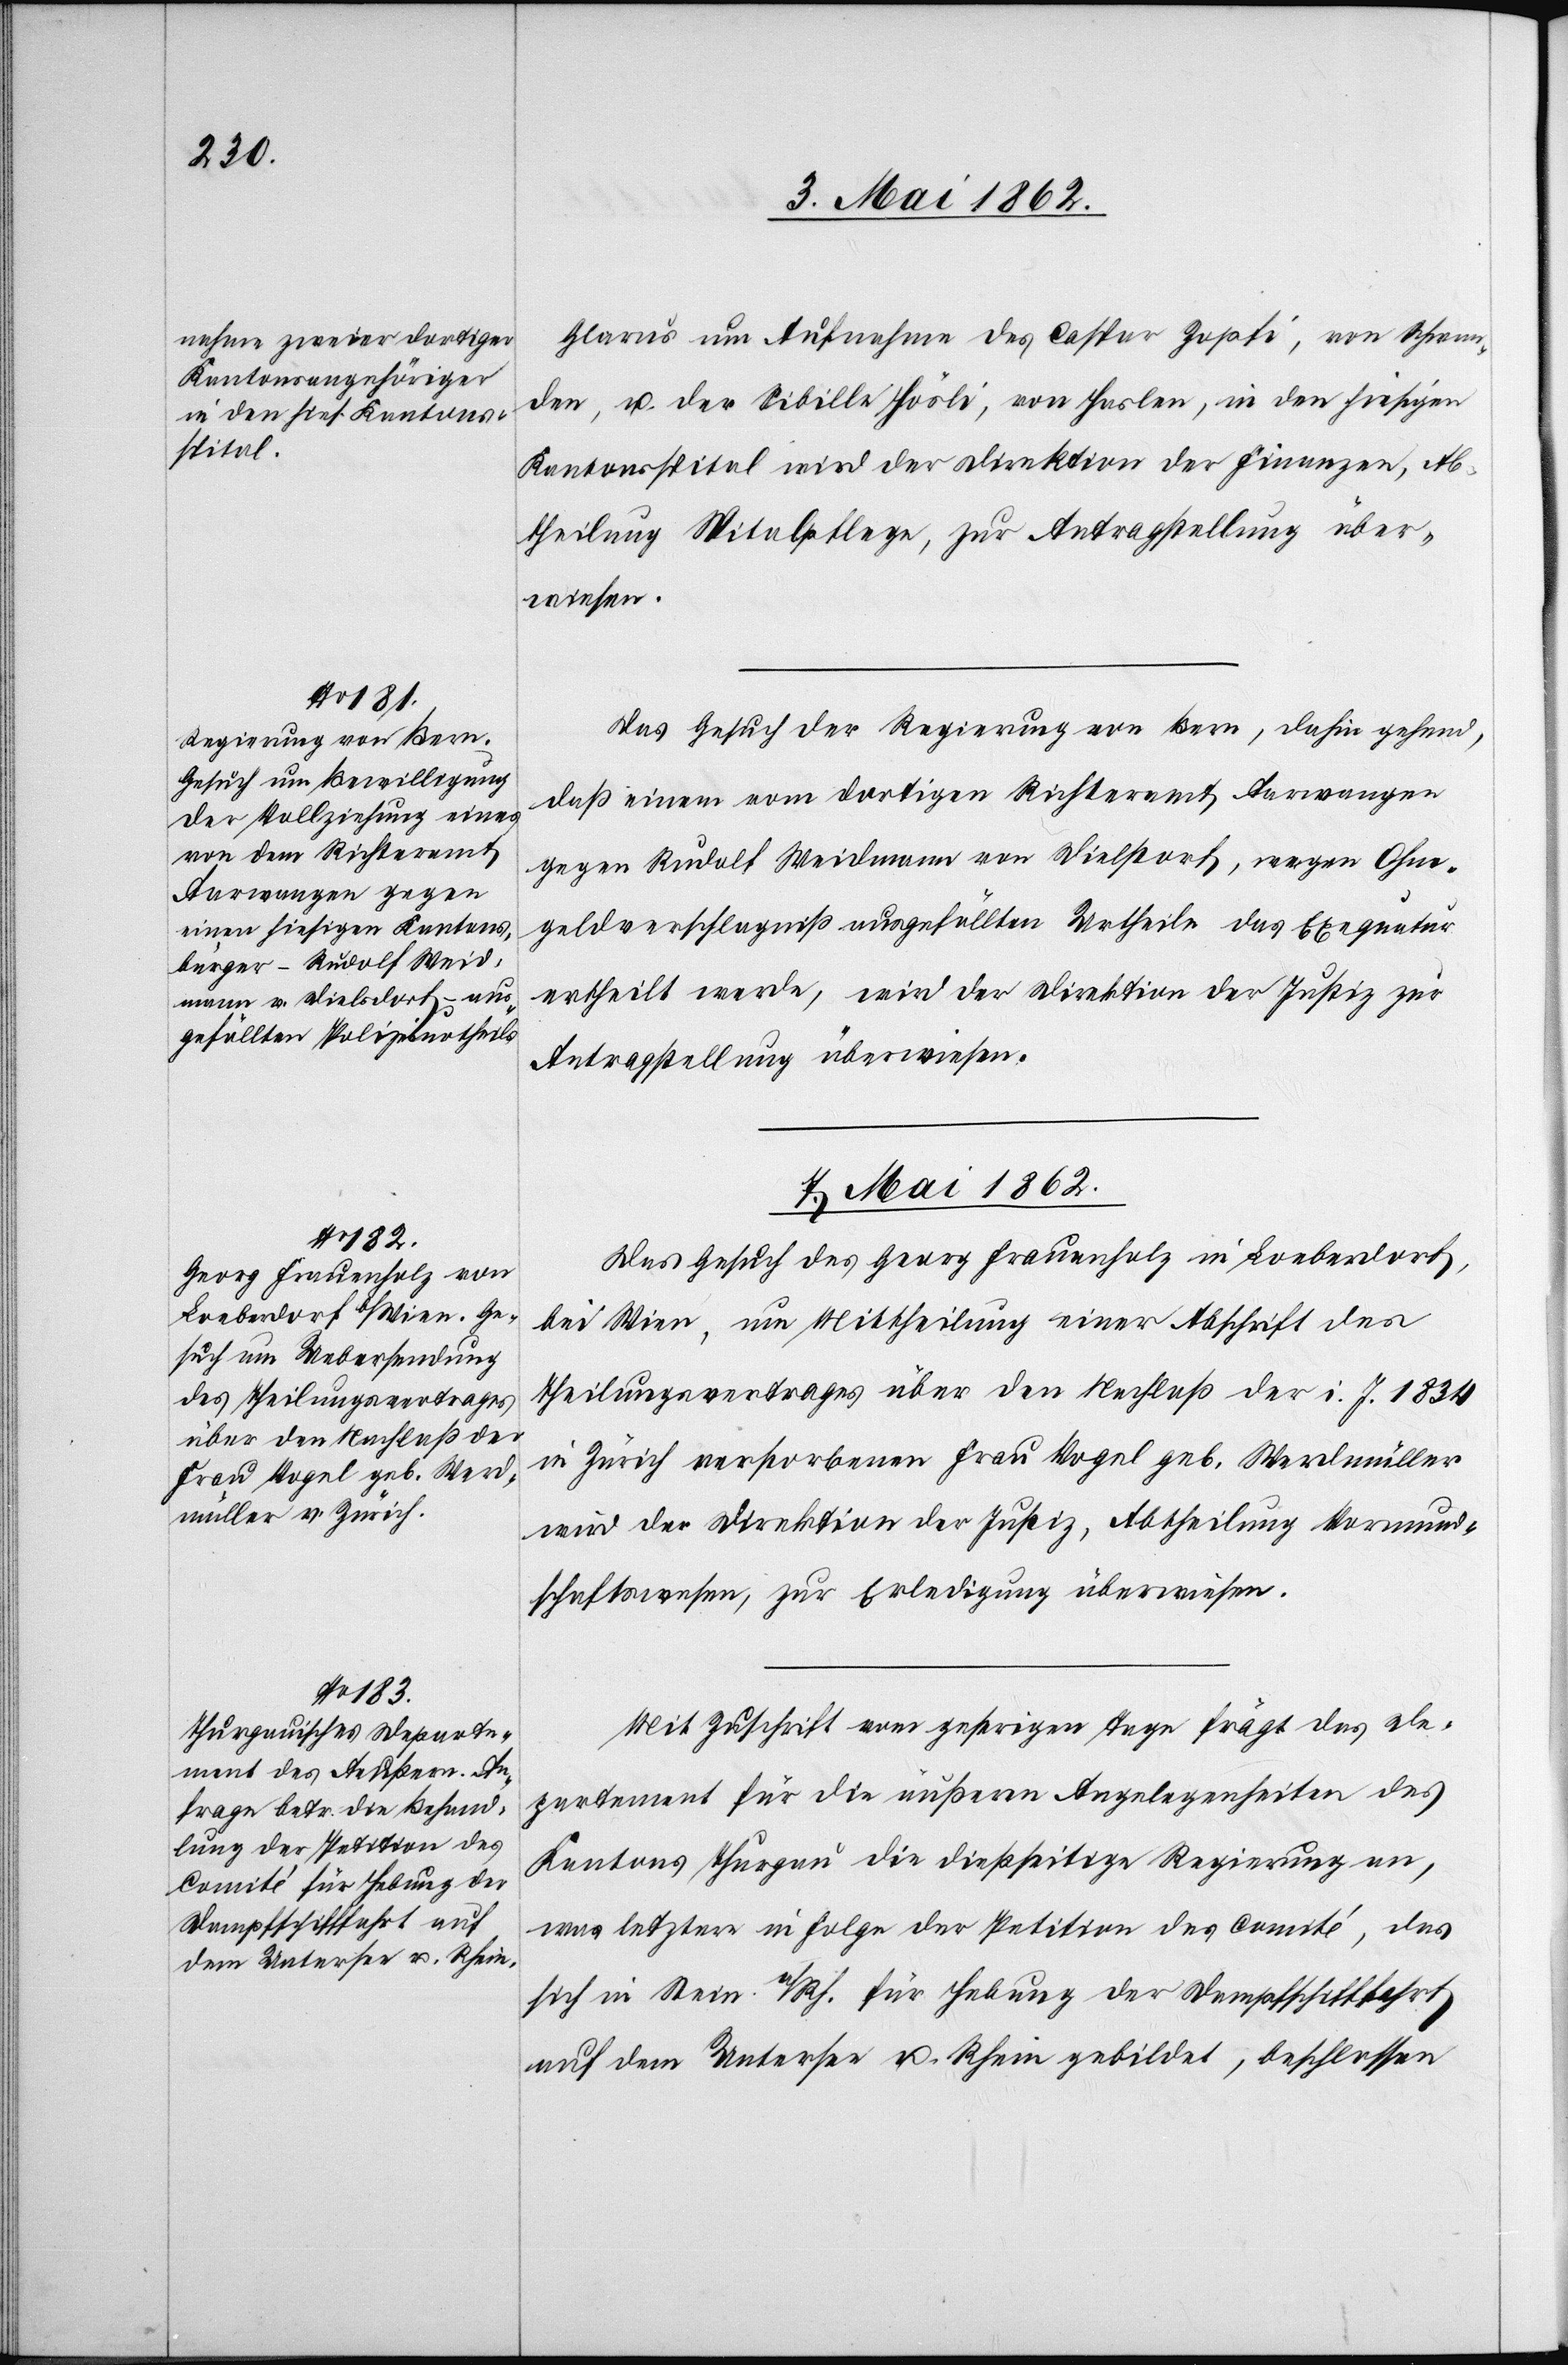
Glarus um Aufnahme des Caspar Zopfi, von Schwan¬
den, u. der Sibille Hösli, von Haslen, in den hiesigen
Kantonsspital wird der Direktion der Finanzen, Ab¬
theilung Spitalpflege, zur Antragstellung über¬
wiesen.
Das Gesuch der Regierung von Bern, dahin gehend,
daß einem vom dortigen Richteramt, Farwangen
gegen Rudolf Weidmann von Dielstorf, wegen Ohm¬
geldsverschlagniß ausgefüllten Urtheile das Exequatur
ertheilt werde, wird der Direktion der Justiz zur
Antragstellung überwiesen.
7. Mai 1862.]
Das Gesuch des Georg Frauenholz in Loeberdorf,
bei Wien, um Mittheilung einer Abschrift des
Theilungsvertrages über den Nachlaß der i. J. 1834
in Zürich verstorbenen Frau Vogel geb. Werdmüller
wird der Direktion der Justiz, Abtheilung Vormund¬
schaftswesen, zur Erledigung überwiesen.
Mit Zuschrift vom gestrigen Tage frägt das De¬
partement für die äußeren Angelegenheiten des
Kantons Thurgau die dießseitige Regierung an,
um letztere in Folge der Petition des Comité, des
sich in Stein a/Rh. für Hebung der Dampfschiffahrt
auf dem Untersee u. Rhein gebildet, beschlossen